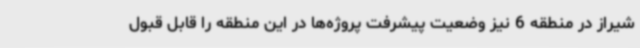
شیراز در منطقه 6 نیز وضعیت پیشرفت پروژه‌ها در این منطقه را قابل قبول